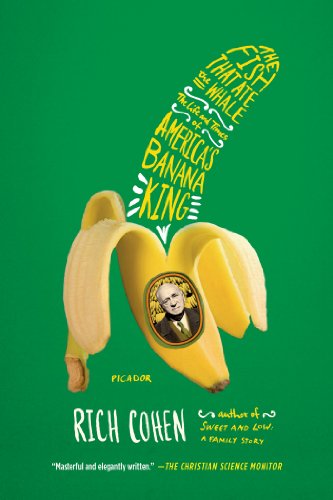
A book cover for The Fish That Ate the Whale: The Life and Times of America's Banana King; Rich Cohen; Cookbooks, Food & Wine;